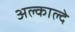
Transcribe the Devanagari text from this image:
अल्काल्दे